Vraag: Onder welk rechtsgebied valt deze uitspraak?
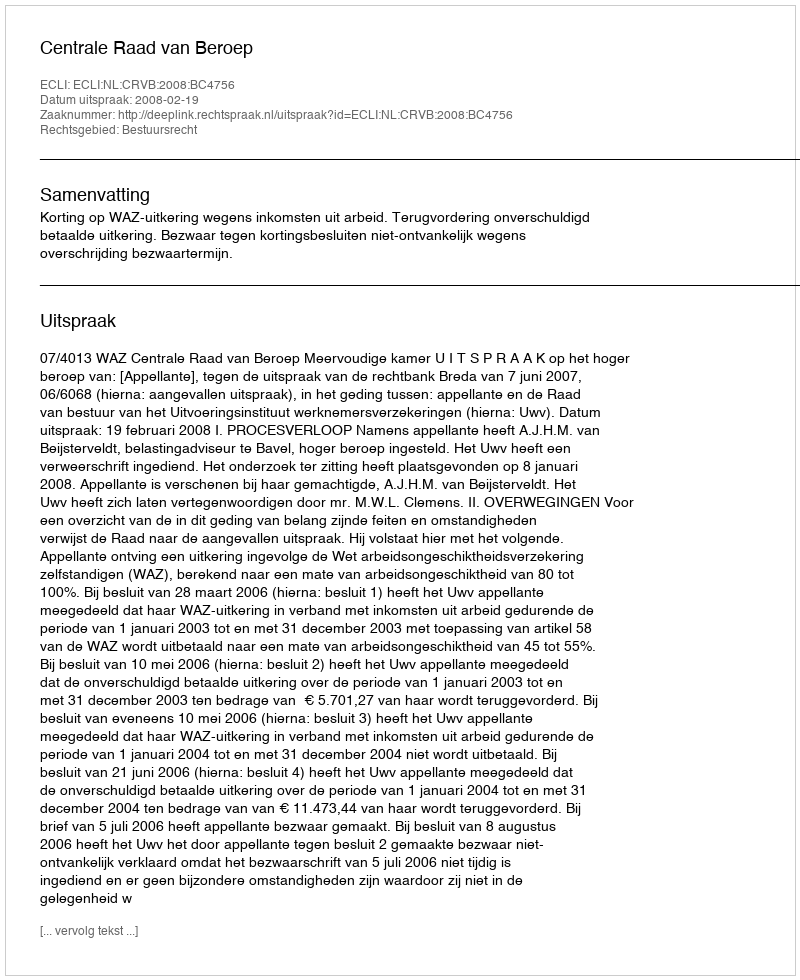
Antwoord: Bestuursrecht